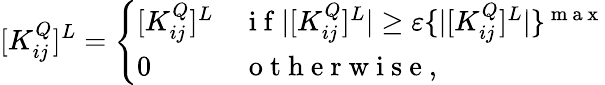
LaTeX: [K_{ij}^{Q}]^{L}=\left\{ \begin{array}{ll}{[K_{ij}^{Q}]^{L}}&{\mathrm{~i~f~}|[K_{ij}^{Q}]^{L}|\ge\varepsilon\{ |[K_{ij}^{Q}]^{L}|\} ^{\mathrm{~m~a~x~}}}\\ {0}&{\mathrm{~o~t~h~e~r~w~i~s~e~,~}}\end{array}\right.